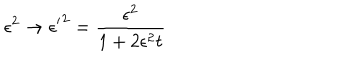
\epsilon ^ { 2 } \rightarrow { \epsilon ^ { \prime } } ^ { 2 } = \frac { \epsilon ^ { 2 } } { 1 + 2 \epsilon ^ { 2 } t }